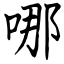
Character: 哪